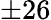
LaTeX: \pm 26